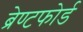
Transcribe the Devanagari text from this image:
ब्रेण्टफोर्ड